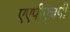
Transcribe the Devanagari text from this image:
एएपीएचपी